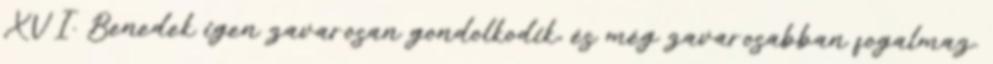
XVI. Benedek igen zavarosan gondolkodik, és még zavarosabban fogalmaz.